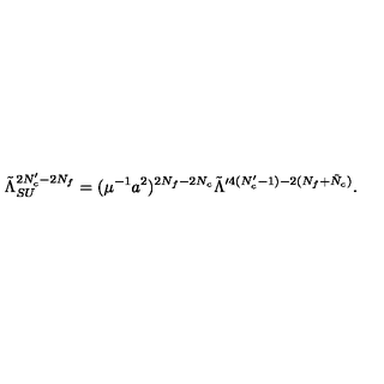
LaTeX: \tilde { \Lambda } _ { S U } ^ { 2 N _ { c } ^ { \prime } - 2 N _ { f } } = ( \mu ^ { - 1 } a ^ { 2 } ) ^ { 2 N _ { f } - 2 N _ { c } } \tilde { \Lambda } ^ { \prime 4 ( N _ { c } ^ { \prime } - 1 ) - 2 ( N _ { f } + \tilde { N } _ { c } ) } .